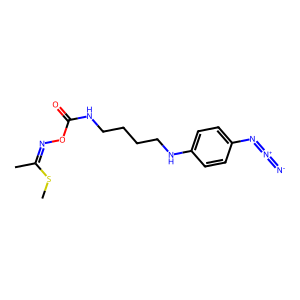
SMILES: CSC(C)=NOC(=O)NCCCCNc1ccc(N=[N+]=[N-])cc1
Inhibits HIV replication: No